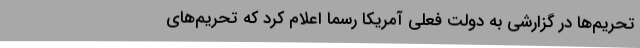
تحریم‌ها در گزارشی به دولت فعلی آمریکا رسما اعلام کرد که تحریم‌های